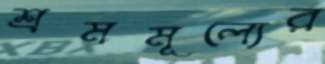
শ্রমমূল্যের